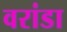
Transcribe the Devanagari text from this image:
वरांडा